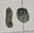
Text: 10